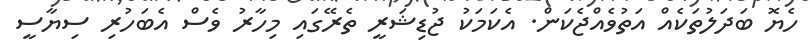
ހެޔޮ ބަދަލުތަކެއް އަތުވެއްޖެކަން. އެކަމަކު ޖުޑިޝަރީ ތެރޭގައި މިހާރު ވެސް އެބަހުރި ސިޔާސީ